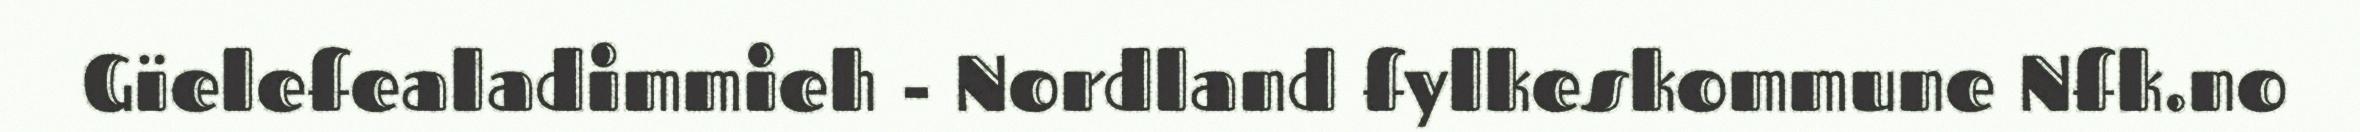
Gïelefealadimmieh - Nordland fylkeskommune Nfk.no